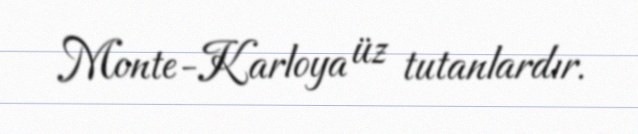
Monte-Karloya üz tutanlardır.